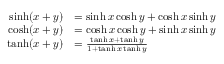
{ \begin{array} { r l } { \sinh ( x + y ) } & { = \sinh x \cosh y + \cosh x \sinh y } \\ { \cosh ( x + y ) } & { = \cosh x \cosh y + \sinh x \sinh y } \\ { \operatorname { t a n h } ( x + y ) } & { = { \frac { \operatorname { t a n h } x + \operatorname { t a n h } y } { 1 + \operatorname { t a n h } x \operatorname { t a n h } y } } } \end{array} }